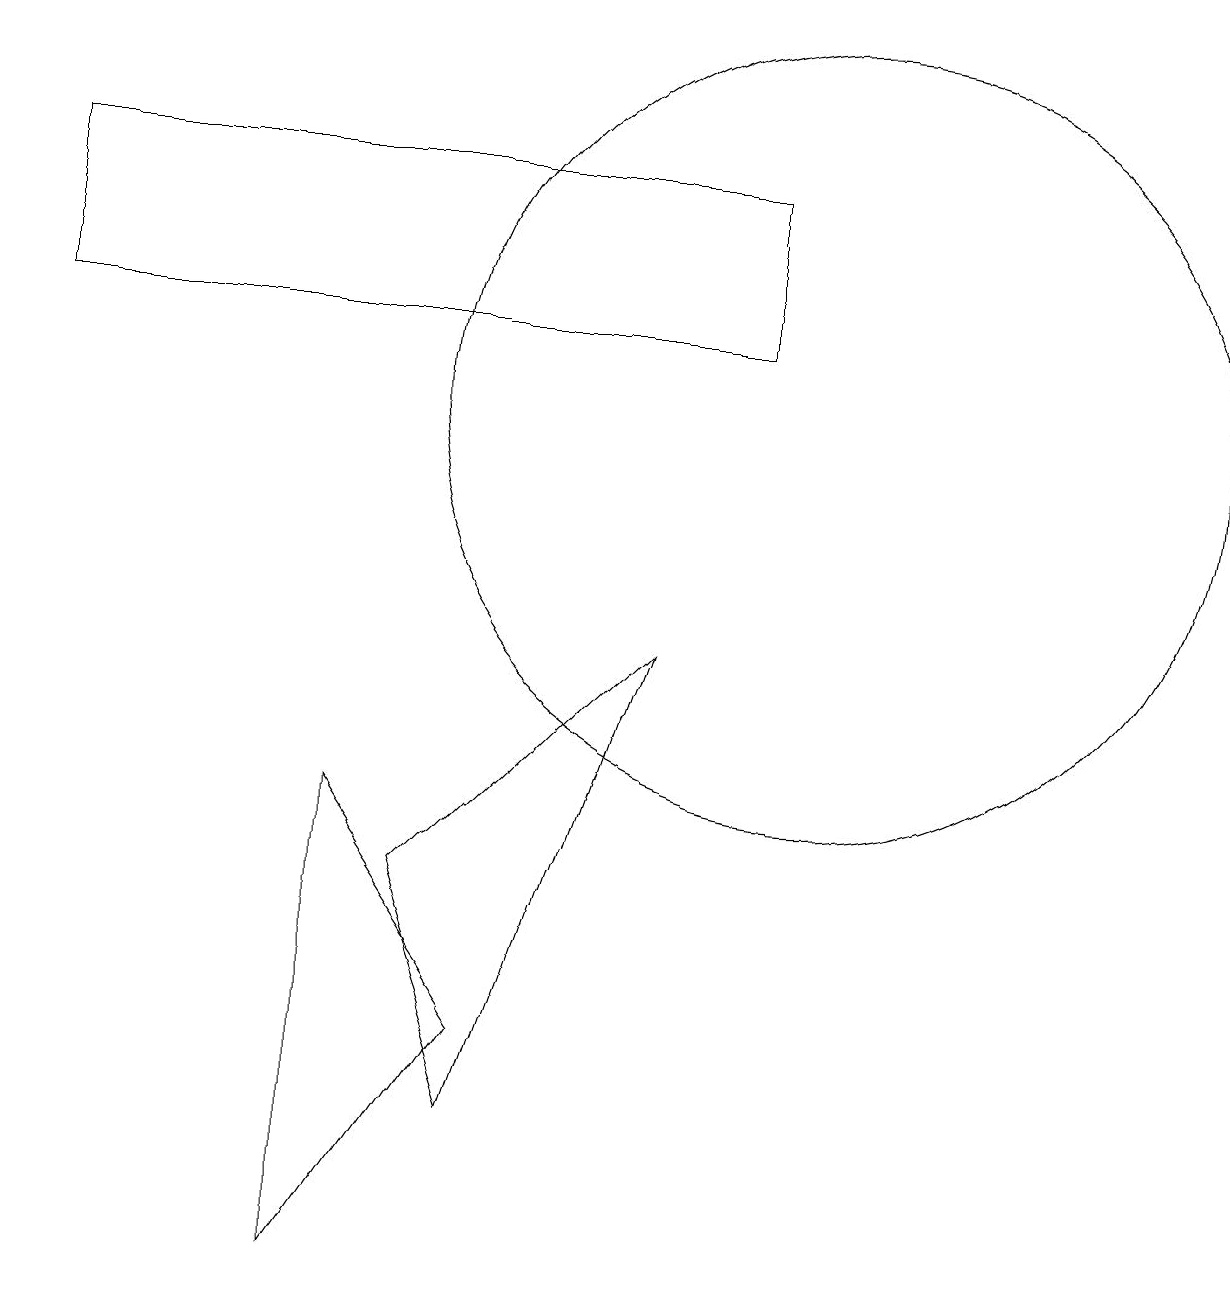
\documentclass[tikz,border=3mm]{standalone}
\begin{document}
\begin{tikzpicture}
\draw (6,2) -- (5,5) -- (8,8) -- cycle;
\draw (10,11) circle (5);
\draw (12,12) circle (0);
\draw (4,0) -- (6,3) -- (4,6) -- cycle;
\draw (9,14) rectangle (0,12);
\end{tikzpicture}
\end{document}